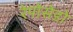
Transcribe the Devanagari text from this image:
रेपोसेडो